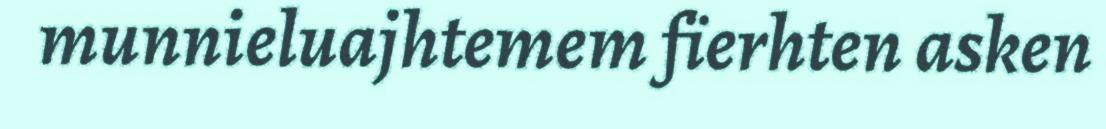
munnieluajhtemem fïerhten asken